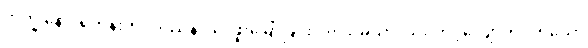
ဘိက္ခုနော၊ ရဟန်းကို။ ဒဿနာယ၊ ဖူးမြော်ခြင်းငှာ။ သမယာ၊ သင့်တင့်လျောက်ပတ်သော